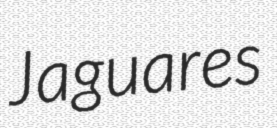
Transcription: Jaguares